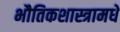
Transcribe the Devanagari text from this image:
भौतिकशास्त्रामधे